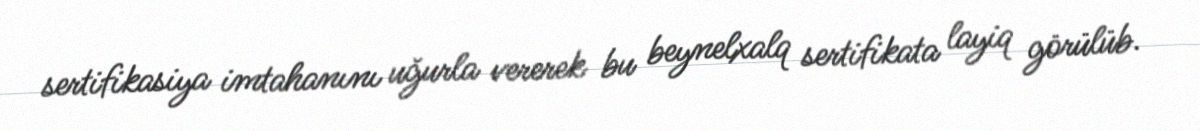
sertifikasiya imtahanını uğurla vererek bu beynelxalq sertifikata layiq görülüb.